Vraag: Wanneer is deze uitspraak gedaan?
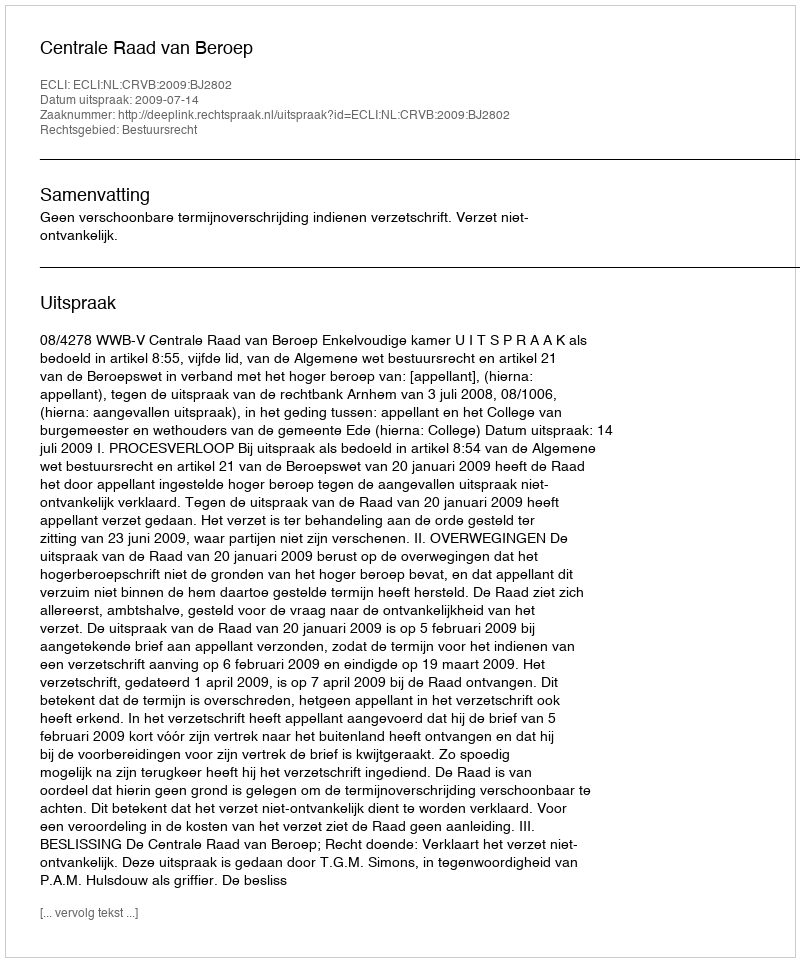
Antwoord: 2009-07-14